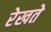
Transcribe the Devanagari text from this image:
रेखते